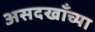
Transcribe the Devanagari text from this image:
असदखाँच्या